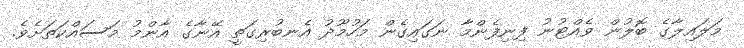
މަލައިލާގެ ބޮލުން ވެއްޓުނު ފިނިފެންމާ ނަގައިގެން މަހުމޫދު އެނބުރިގަތީ އޭނާގެ އާންމު މަސައްކަތަށެވެ.